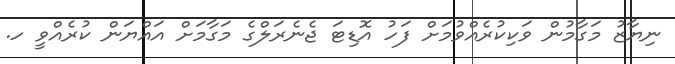
ނިޔާޒު މަގާމުން ވަކިކުރެއްވުމަށް ފަހު އޮޑިޓަ ޖެނެރަލްގެ މަގާމަށް އައްޔަން ކުރެއްވީ ހ.